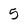
Character: 5